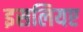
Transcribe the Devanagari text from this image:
इसलियए